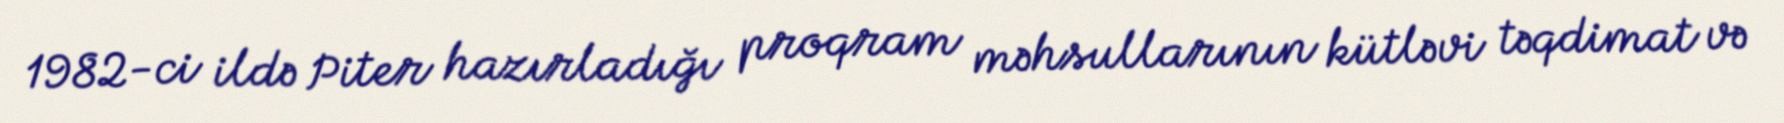
1982-ci ildə Piter hazırladığı proqram məhsullarının kütləvi təqdimat və